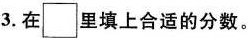
3.在□里填上合适的分数。